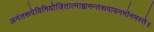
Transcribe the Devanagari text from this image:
अनंतरूपेविनियोजितात्माह्यनन्तरूपायनमोनमस्ते॥